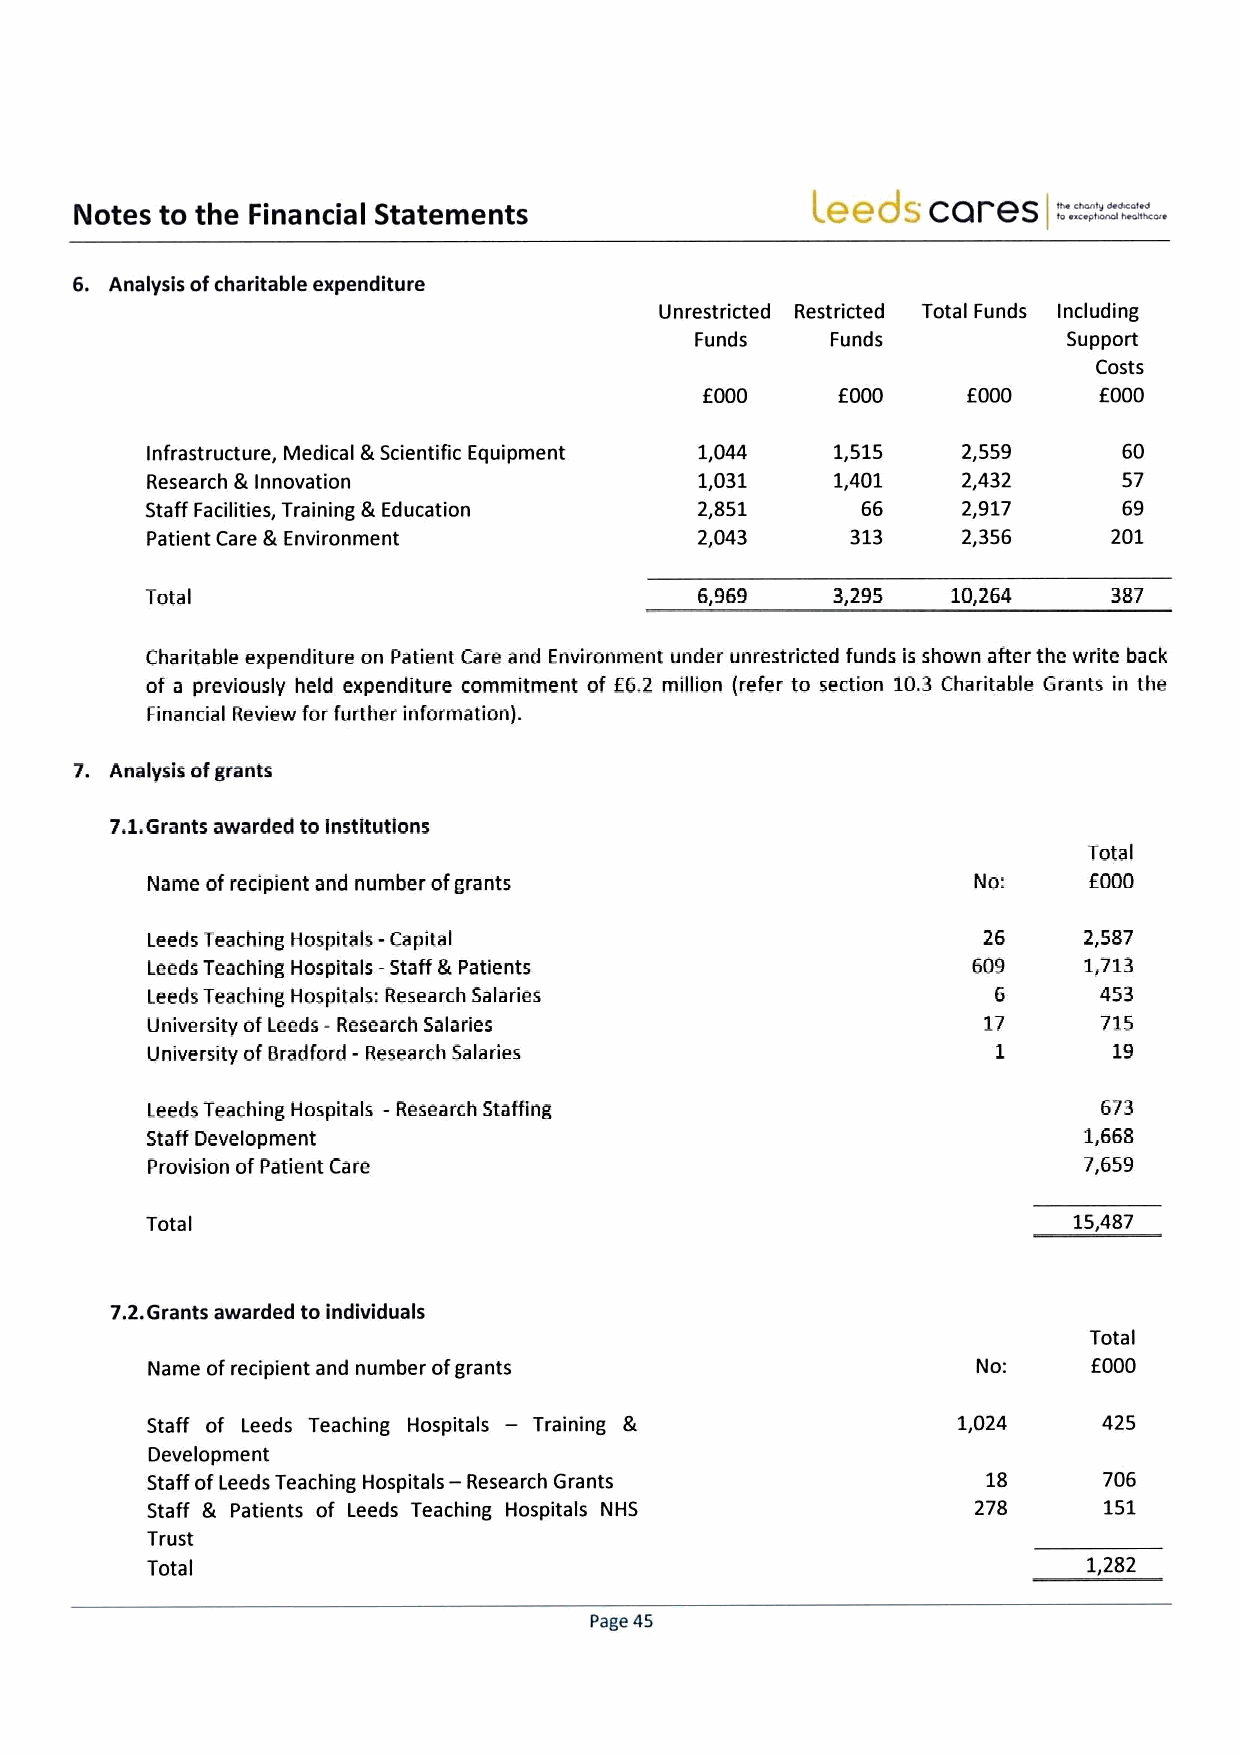
Leeds   cares    ===
 Notes to the Financial Statements                                =.
 6. Analysis ofcharitable expenditure
 Unrestricted Restricted Total Funds Including
 Funds    Funds           Support
 Costs
 EOOD             EOOD     EOOD
 Infrastructure, Medical &Scientific Equipment 1,044 1,515 2,559 60
 Research &Innovation                1,031    1,401    2,432     57
 Staff Facilities, Training &Education 2,851    66     2,917     69
 Patient Care &Environment           2,043     313     2,356     201
 TotaI                               6,969    3,295   10,264     387
 Charitable expenditure on Patient Care and Environment under unrestricted funds is shown after the write back
 of a previously held expenditure commitment of E6,2 million (refer to section 10.3 Charitable Grants in the
 Financial Review for further information).
 7. Analysis ofgrants
 7.1.Grants awarded to institutions
 Total
 Name ofrecipient and number ofgrants                   No:    EOOD
 Leeds Teaching Hospitals- Capital                      26     2,587
 Leeds Teaching Hospitals- Staff &Patients             609     1,713
 Leeds Teaching Hospitals: Research Salaries             6      453
 University ofLeeds -Research Salaries                  17      715
 University ofBradford - Research Salaries               1       19
 Leeds Teaching Hospitals - Research Staffing                   673
 Staff Development                                             1,668
 Provision ofPatient Care                                      7,659
 Total                                                        15,487
 7.2.Grants awarded to individuals
 Total
 Name ofrecipient and number ofgrants                          EOOD
 —
 Staff of Leeds Teaching Hospitals Training &         1,024     425
 Development
 Staff ofLeeds Teaching Hospitals- Research Grants      18      706
 Staff & Patients of Leeds Teaching Hospitals NHS       278     151
 Trust
 Total                                                         1,282
 Page 45